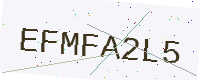
Text: EFMFA2L5